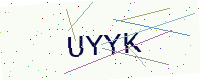
Text: UYYK